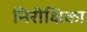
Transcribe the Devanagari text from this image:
निरीक्षिका